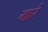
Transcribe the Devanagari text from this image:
मारं